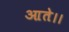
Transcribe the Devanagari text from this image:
आते।।